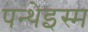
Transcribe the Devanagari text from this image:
पन्थेइस्म